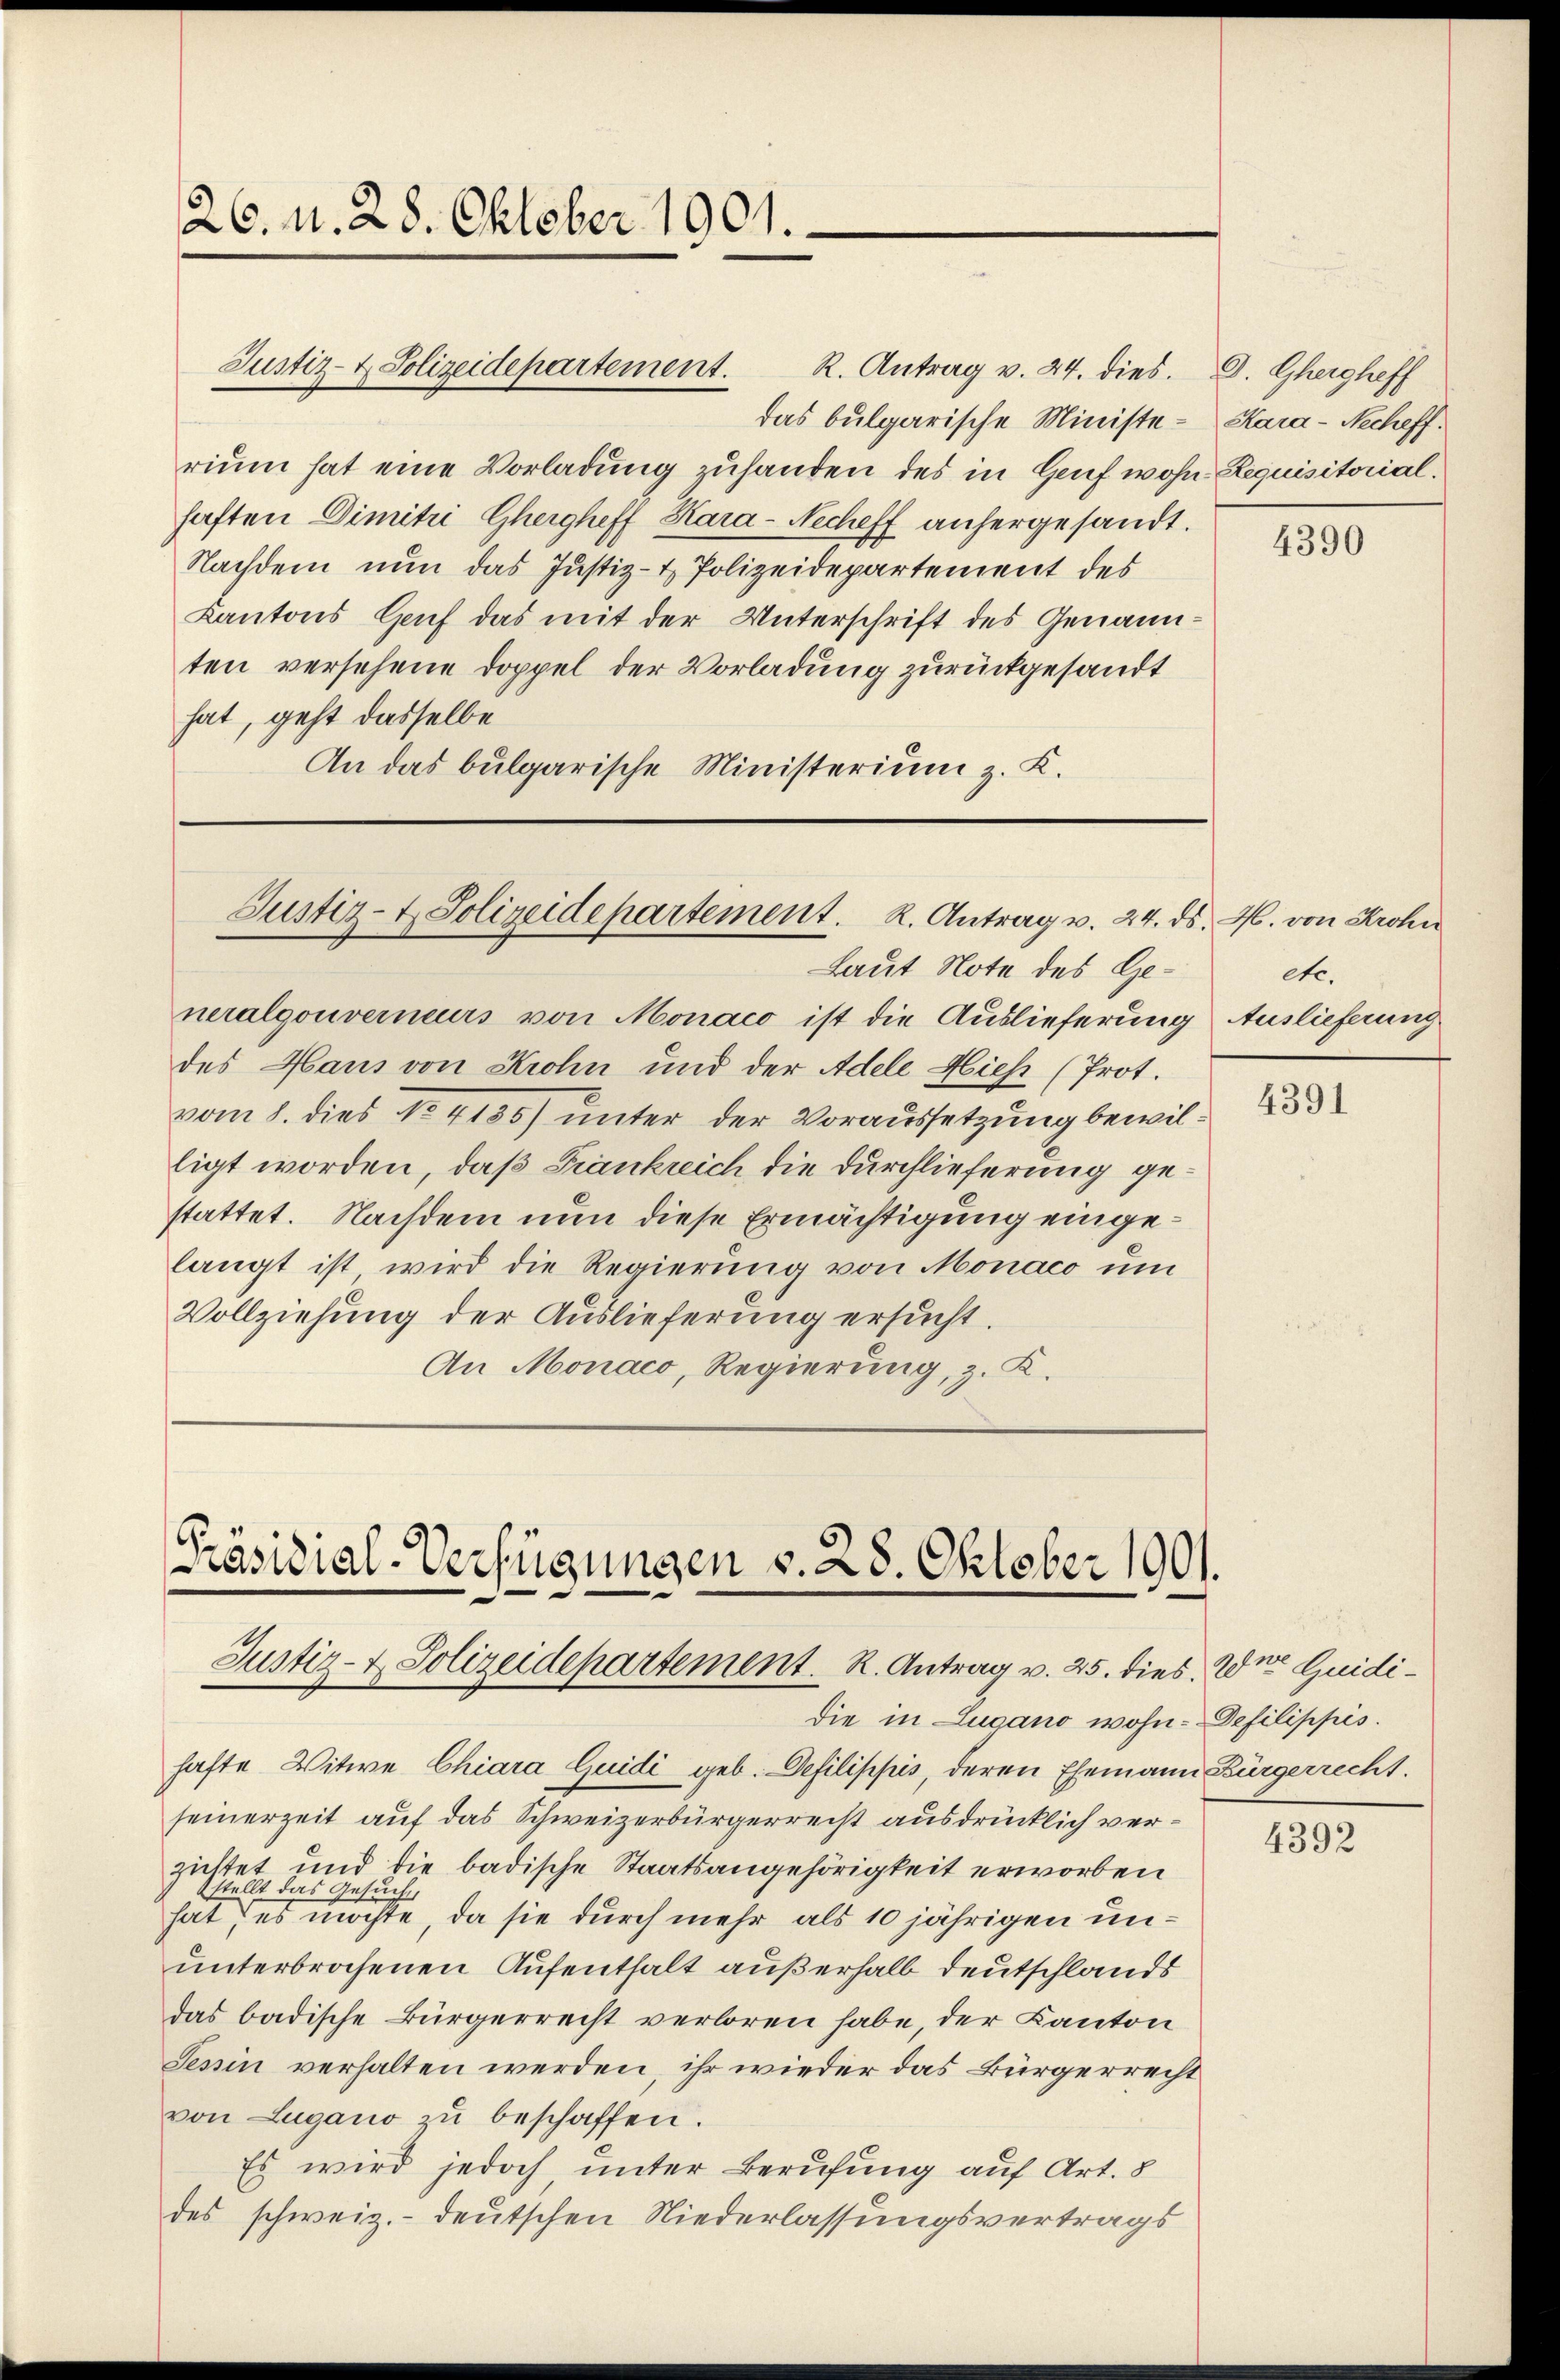
26. v. 28. Oktober 1901.

Justiz- & Polizeidepartement. R. Antrag v. 24. dies. D. Ghergheff
rium hat eine Vorladung zuhanden des in Genf wohn- Requisitorial.
haften Dimitri Ghergheff Kara-Necheff anhergesandt.
Nachdem nun das Justiz- & Polizeidepartement des
Kantons Genf das mit der Unterschrift des Genannten versehene Doppel der Vorladung zurückgesandt
hat, geht dasselbe
An das bulgarische Ministerium z. K.

Justiz- & Polizeidepartement. R. Antrag v. 24. ds. M. von Krohn
Laut Note des Ge¬

[Präsidial-Verfügungen v. 28. Oktober 1901.
Justiz- & Polizeidepartement. R. Antrag v. 25. dies. Der Guididie in Lugano wohn- Defilippis.

das bulgarische Ministe- Kara-Necheff.

neralgouverneurs von Monaco ist die Auslieferung Auslieferung
des Haus von Krohn und der Adele Hieh (Prot.
vom 8. dies No 4135) unter der Voraussetzung bewilligt worden, daß Frankreich die Durchlieferung gestattet. Nachdem nun diese Ermächtigung eingelangt ist wird die Regierung von Monaco um
Vollziehung der Auslieferung ersucht.
An Monaco, Regierung, z. K.

hafte Witwe Chiara Guidi geb. Defilippis, deren Ehemann Bürgerrecht.
seinerzeit auf das Schweizerbürgerrecht ausdrücklich verzichtet und die badische Staatsangehörigkeit erworben
1stellt das Gesuche
hat, es möchte, da sie durch mehr als 10 jährigen ununterbrochenen Aufenthalt außerhalb Deutschlands
das badische Bürgerrecht verloren habe, der Kanton
Tessin verhalten werden, ihr wieder das Bürgerrecht
von Lugano zŭ beschaffen.
Es wird jedoch unter Berufung auf Art. 8
des schweiz.- deutschen Niederlassungsvertrags

4390

etc.

4391

4392